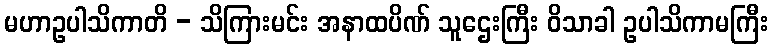
မဟာဥပါသိကာတိ - သိကြားမင်း အနာထပိဏ် သူဌေးကြီး ဝိသာခါ ဥပါသိကာမကြီး